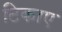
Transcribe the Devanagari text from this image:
टिकाए